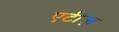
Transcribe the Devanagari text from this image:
एटीज़